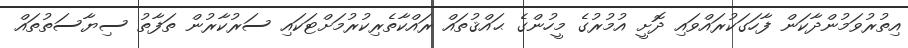
އިތުރުވަމުންދާކަން ފާހަގަކުރައްވައި ދޮށީ އުމުރުގެ މީހުންގެ ޙައްޤުތައް ރައްކާތެރިކުރުމަށްޓަކައި ސަރުކާރުން ތަފާތު ސިޔާސަތުތައް